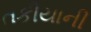
તકીયાની